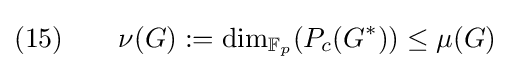
(15)\qquad \nu (G):=\dim _{\mathbb {F} _{p}}(P_{c}(G^{\ast }))\leq \mu (G)